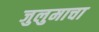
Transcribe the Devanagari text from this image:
जुलुमाचा